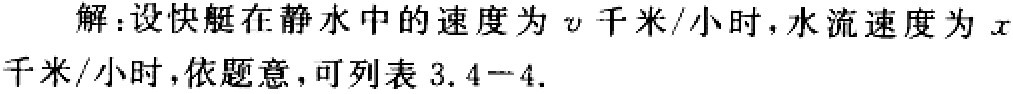
解：设快艇在静水中的速度为\(v\)千米/小时，水流速度为\(x\)千米/小时，依题意，可列表 \(3.4 - 4\).